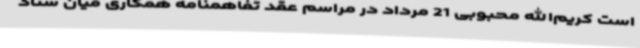
است کریم‌الله محبوبی 21 مرداد در مراسم عقد تفاهمنامه همکاری میان ستاد